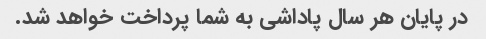
در پایان هر سال پاداشی به شما پرداخت خواهد شد.